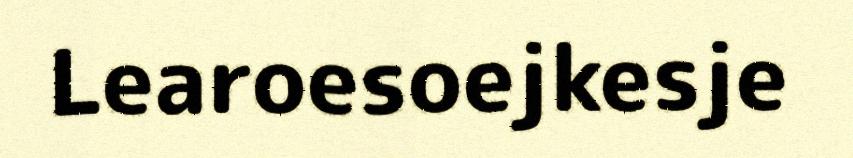
Learoesoejkesje